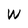
Character: W